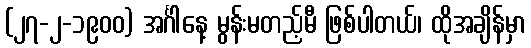
(၂၇-၂-၁၉၀၀) အင်္ဂါနေ့ မွန်းမတည့်မီ ဖြစ်ပါတယ်၊ ထိုအချိန်မှာ